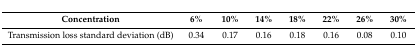
<table><thead><tr><td><b>Concentration</b></td><td><b>6%</b></td><td><b>10%</b></td><td><b>14%</b></td><td><b>18%</b></td><td><b>22%</b></td><td><b>26%</b></td><td><b>30%</b></td></tr></thead><tbody><tr><td>Transmission loss standard deviation (dB)</td><td>0.34</td><td>0.17</td><td>0.16</td><td>0.18</td><td>0.16</td><td>0.08</td><td>0.10</td></tr></tbody></table>